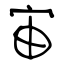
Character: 宙